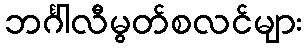
ဘင်္ဂါလီမွတ်စလင်များ